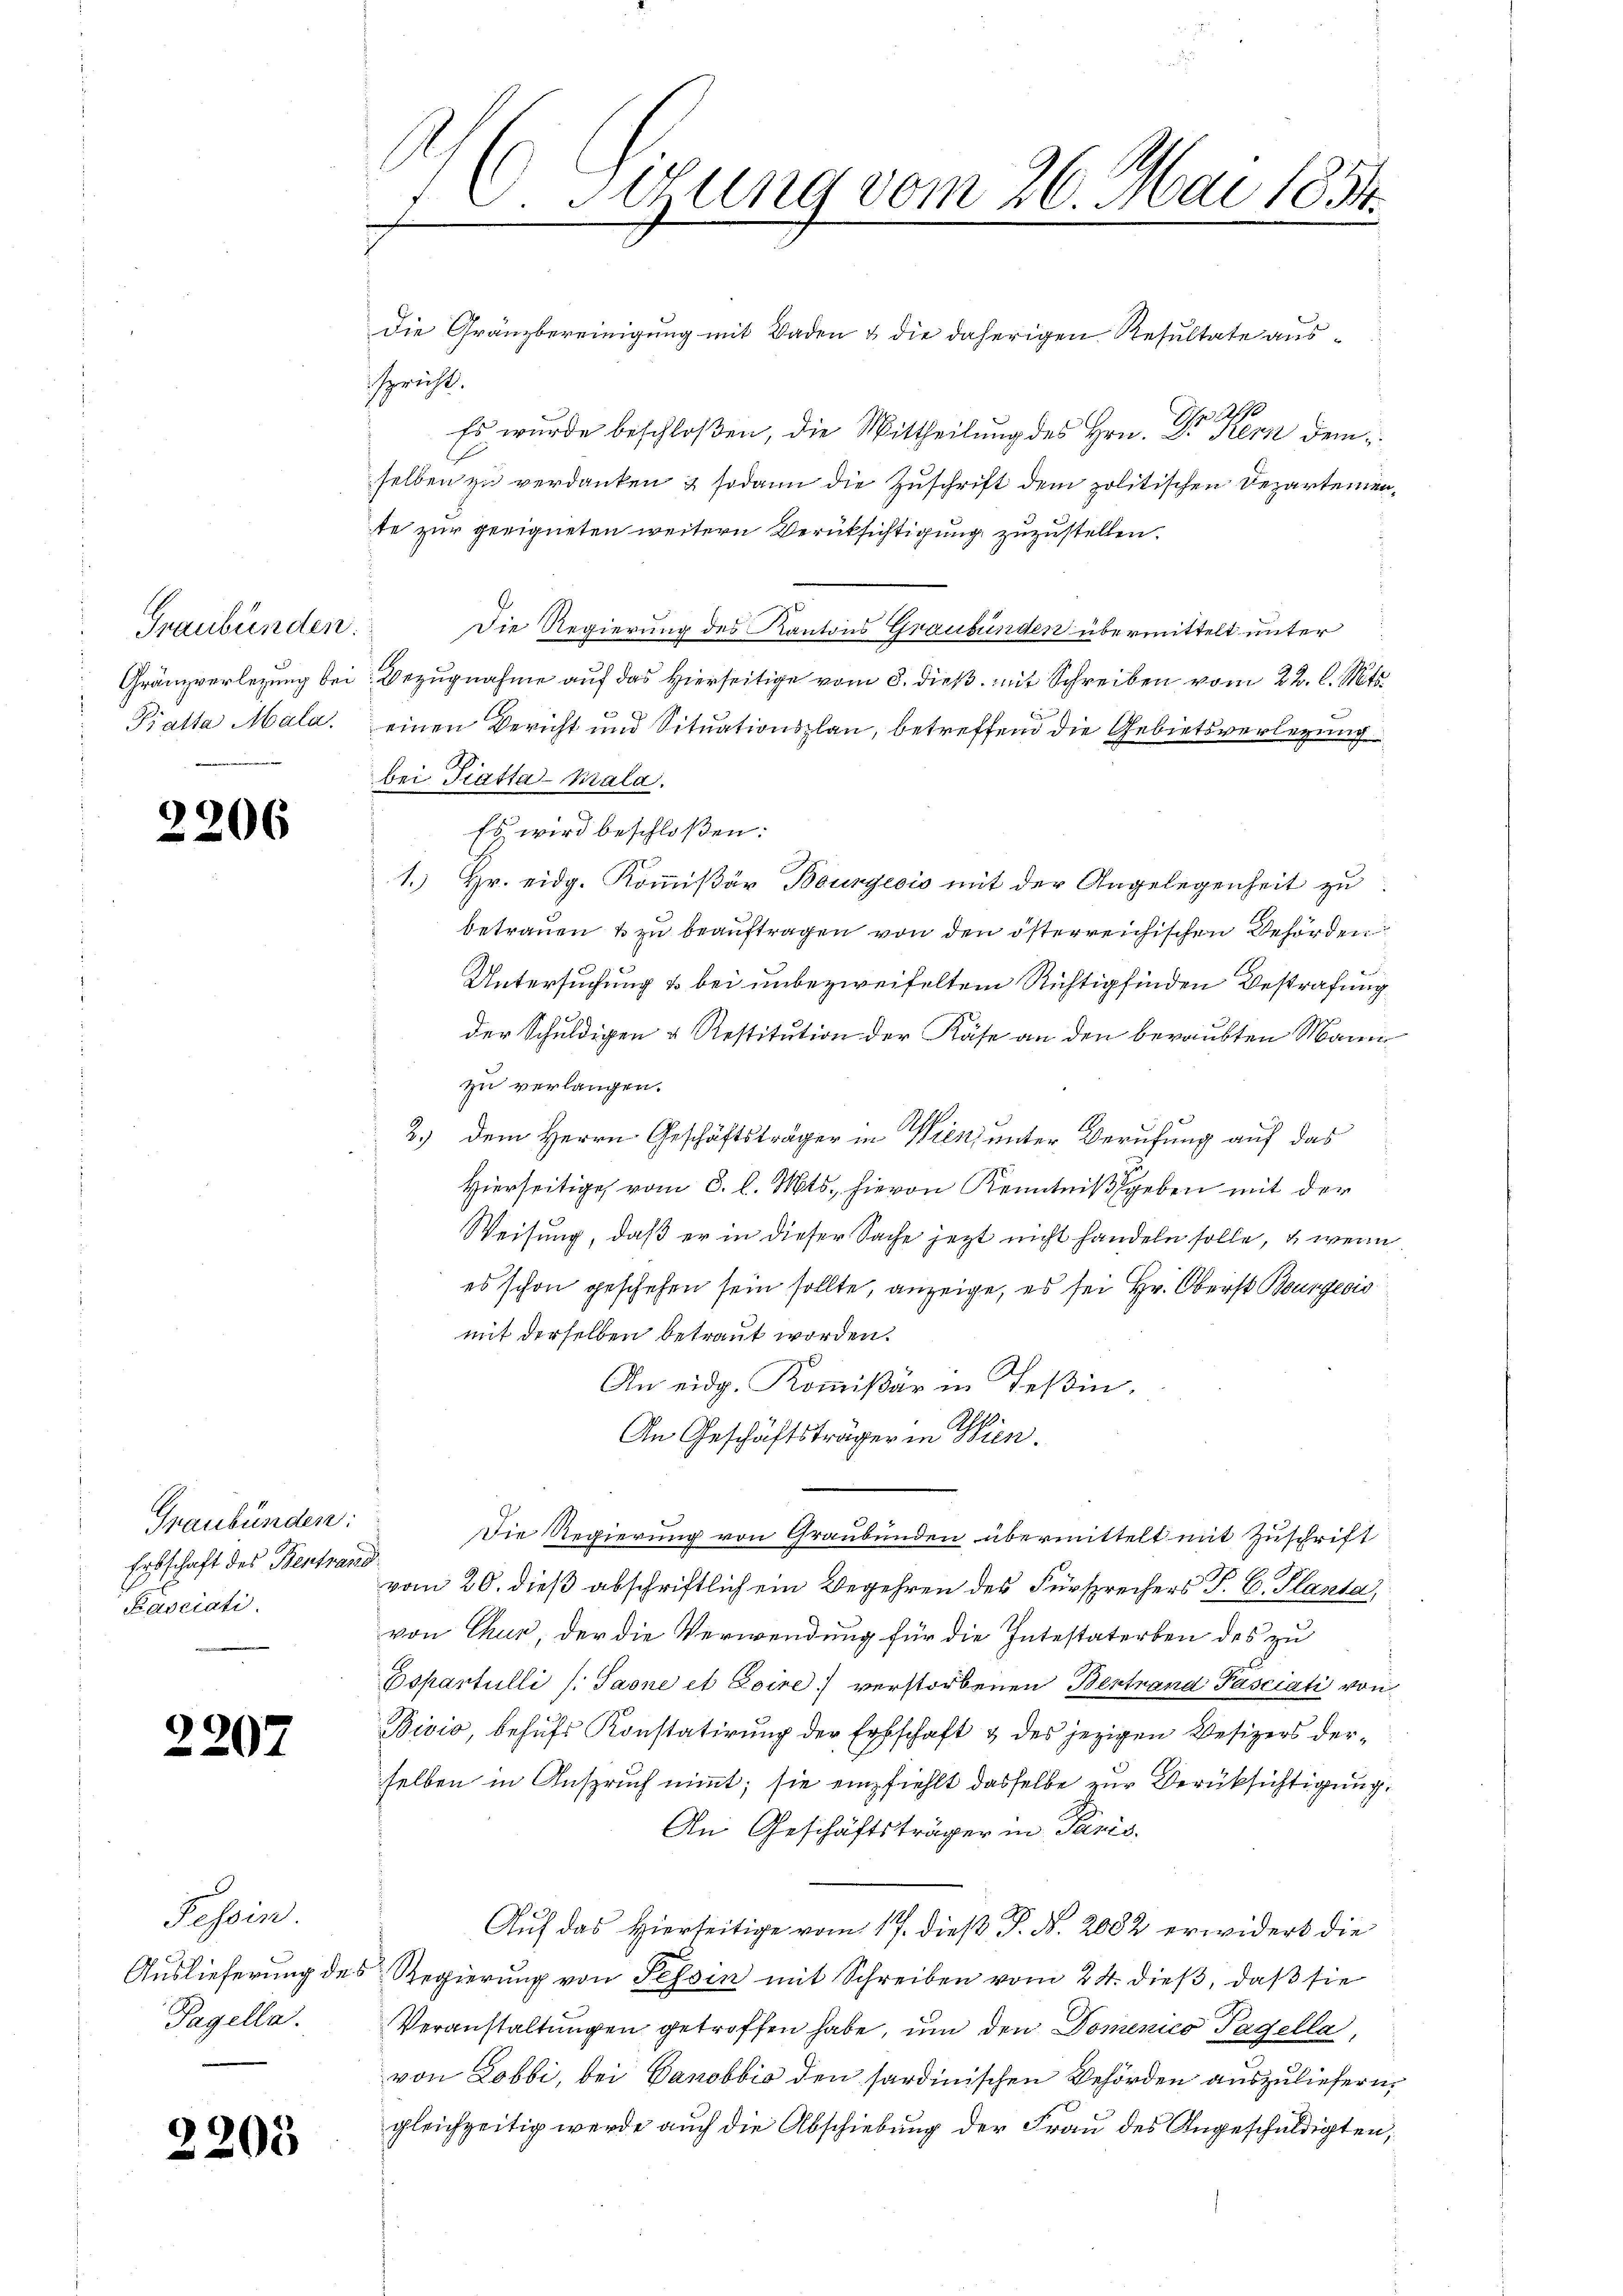
Graubünden.
Pialta Mala.

9
206

Graubünden:
Erbschaft des Bentrang
d. Ex
Fasciati

2207

Fossin.
Pagella.

2200

H Sirung vom 26. Mai 1851.

die Gränzbereinigung mit Baden & die daherigen Resultate ausspricht.
Ihr als
Es wurde beschloßen, die Mittheilung des Hrn. D. Rest demselben zu verdanken & sodann die Zuschrift dem politischen Departemente zur geeigneten weitern Verüksichtigung zuzustellen.
8
Die Regierung des Kantons Graubünden übermittelt unter
Gränzverlegung bei Bezugnahme auf das Hierseitige vom 8. dieß mit Schreiben vom 22. l. Mts.
6
einen Bericht und Situationsplan, betreffend die Gebietsverlegung
bei Tiatta-Kala.
Es wird beschloßen:
1.) Hr. eidg. Kommißär Bourgeois mit der Angelegenheit zu
betrauen & zu beauftragen von den österreichischen Behörden
Untersuchung & bei unbezweifeltem Richtig finden Bestrafung
der Schuldigen & Restitution der Käse an den beraubten Mann
zu verlangen.
2.) Dem Herrn Geschäftsträger in Wien unter Berufung auf das
Hierseitige vom 3. l. Mts., hievon Kenntniß geben mit der
Weisung, daß er in dieser Sache jezt nicht handeln solle, u. wenn
es schon geschehen sein sollte, anzeige, es sei Hr. Oberst Bourgeois
mit derselben betraut worden.
An eidg. Kommißär in Teßin,
An Geschäftsträger in Wien.
Die Regierung von Graubünden übermittelt mit Zuschrift
vom 20. dieß abschriftlich ein Begehren des Fürsprechers P. C. Planta
von Chur, der die Verwendung für die Intestaterben des zu
Espartulli /: Jaone et Eoire) verstorbenen Bertrand Pasciati von
Bivio, behufs Konstatirung der Erbschaft & des jezigen Besizers derselben in Anspruch nimmt; sie empfiehlt dasselbe zur Berüksichtigung
An Geschäftsträger in Paris.
Auf das Hierseitige vom 17. dieß P. Nr. 2082 erwidert die
Auslieferung des Regierung von Tessin mit Schreiben vom 24. dieß, daß sie
Veranstaltungen getroffen habe, um den Domenico Pagella,
von Lobbi, bei Banobbić den sardinischen Behörden auszuliefern,
gleichzeitig werde auch die Abschiebung der Frau des Angeschuldigten,